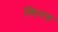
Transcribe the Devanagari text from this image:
स्पिनच